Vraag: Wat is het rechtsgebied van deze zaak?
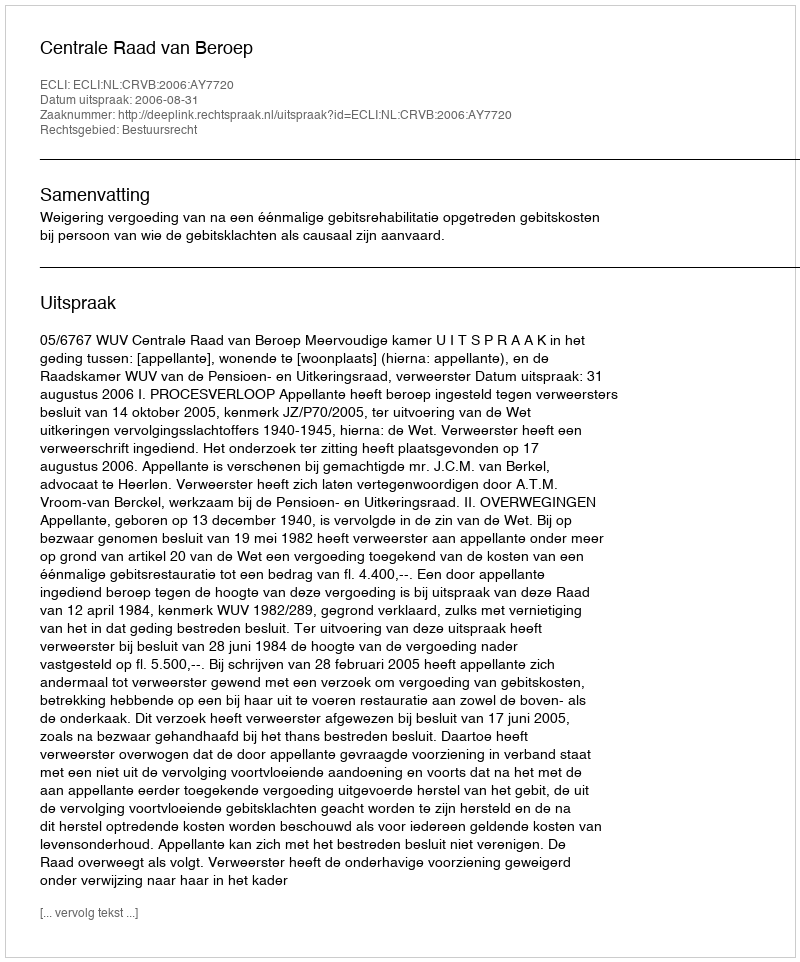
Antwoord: Bestuursrecht